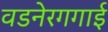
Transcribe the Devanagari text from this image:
वडनेरगगाई